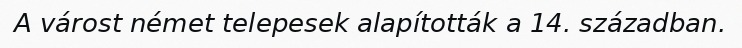
A várost német telepesek alapították a 14. században.